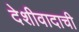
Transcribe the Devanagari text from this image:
देशीवादाची